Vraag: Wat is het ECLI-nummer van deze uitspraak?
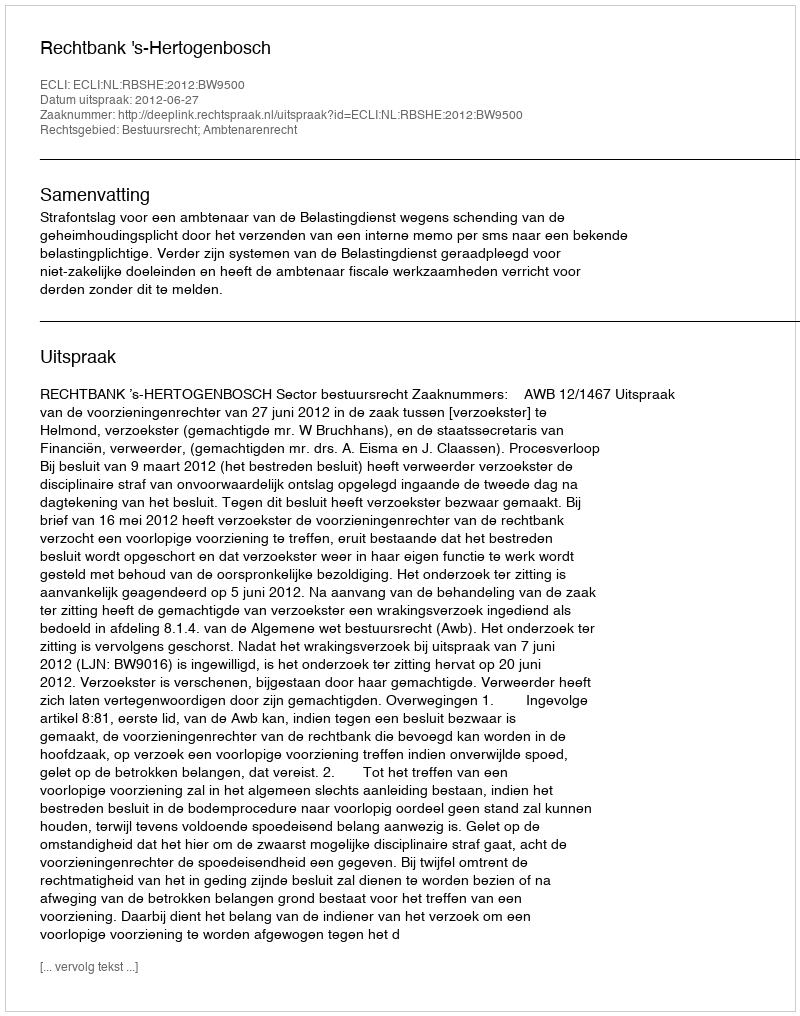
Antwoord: ECLI:NL:RBSHE:2012:BW9500